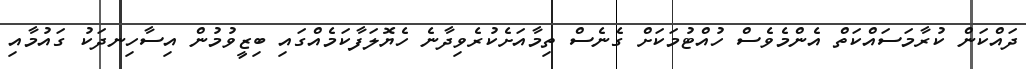
ދައްކަން ކުރާމަސައްކަތް އެންމެވެސް ހުއްޓުމަކަށް ގެނެސް ތިމާއަށެކުރެވިދާނެ ހެޔޮލަފާކަމެއްގައި ބިޒީވުމުން އިސާހިނދަކު ގައުމާއި